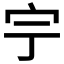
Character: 𡧃